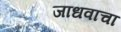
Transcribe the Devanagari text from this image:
जाधवाचा